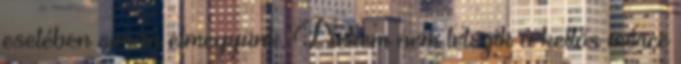
esetében simán elmegyünk. Nekem nem tetszik a kettős mérce